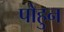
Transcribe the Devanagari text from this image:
पोहुन